Indian journal of veterinary science and animal husbandry - Volumes 18-21, 1948-1951
Year: 1948
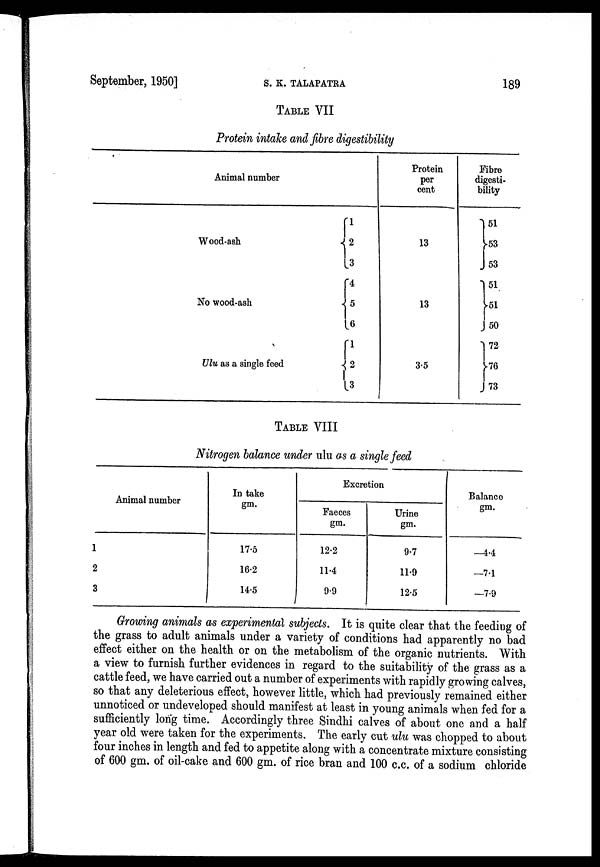
September, 1950]
S.
K.
TALAPATRA
189
TABLE VII
Protein intake and fibre digestibility
Animal number
Wood-ash
No wood-ash
Ulu as a single feed
1
2
3
4
5
6
1
2
3
Protein
per
cent
13
13
3.5
Fibre
digesti-
bility
51
53
53
51
51 50
72
76
73
TABLE VIII
Nitrogen balance under ulu as a single feed
Animal number
1
2
3
In take
gm.
17.5
16.2
14.5
Excretion
Faeces
gm.
12.2
11.4
9.9
Urine
gm.
9.7
11.9
12.5
Balance
gm.
—4.4
—7.1
—7.9
Growing animals as experimental subjects. It is quite clear that the feeding of
the grass to adult animals under a variety of conditions had apparently no bad
effect either on the health or on the metabolism of the organic nutrients. With
a view to furnish further evidences in regard to the suitability of the grass as a
cattle feed, we have carried out a number of experiments with rapidly growing calves,
so that any deleterious effect, however little, which had previously remained either
unnoticed or undeveloped should manifest at least in young animals when fed for a
sufficiently long time. Accordingly three Sindhi calves of about one and a half
year old were taken for the experiments. The early cut ulu was chopped to about
four inches in length and fed to appetite along with a concentrate mixture consisting
of 600 gm. of oil-cake and 600 gm. of rice bran and 100 c.c. of a sodium chloride